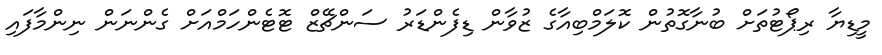
މީޑިޔާ ރިޕޯޓުތަށް ބުނާގޮތުން ކޮލަމްބިއާގެ ޒުވާން ޑިފެންޑަރު ސަންޗޭޒް ޓޮޓެންހަމްއަށް ގެންނަން ނިންމާފައި